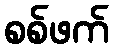
စစ်ဖက်